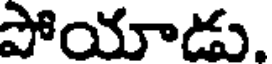
పోయాడు.